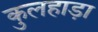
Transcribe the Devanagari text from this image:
कुलहाड़ा